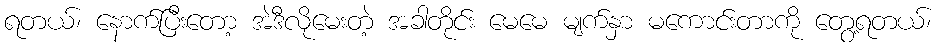
ရတယ်၊ နောက်ပြီးတော့ အဲဒီလိုမေးတဲ့ အခါတိုင်း မေမေ မျက်နှာ မကောင်းတာကို တွေ့ရတယ်၊